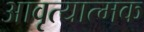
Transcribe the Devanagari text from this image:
आवृत्यात्मक